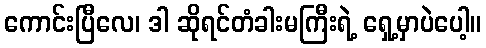
ကောင်းပြီလေ၊ ဒါ ဆိုရင်တံခါးမကြီးရဲ့ ရှေ့မှာပဲပေါ့။